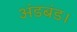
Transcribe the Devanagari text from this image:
अंडबंड।